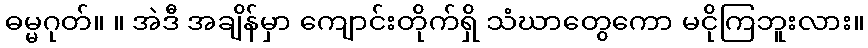
ဓမ္မဂုတ်။ ။ အဲဒီ အချိန်မှာ ကျောင်းတိုက်ရှိ သံဃာတွေကော မငိုကြဘူးလား။